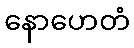
နောဟေတံ